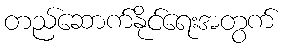
တည်ဆောက်နိုင်ရေးအတွက်